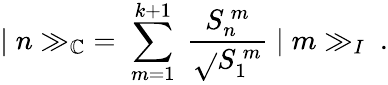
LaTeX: \vert\; n\gg_{\mathbb{C}}\; =\; \sum_{m=1}^{k+1}\; \frac{{S_{n}^{\ m}}}{{\sqrt{}{{S_{1}^{\ m}}}}}\; \vert\; m\gg_{I}\ .